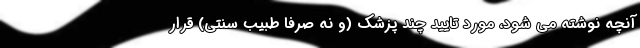
آنچه نوشته می شود، مورد تایید چند پزشک (و نه صرفاً طبیب سنتی) قرار